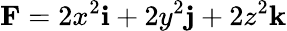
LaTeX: \mathbf{F}=2x^{2}{\textbf{i}}+2y^{2}{\textbf{j}}+2z^{2}{\textbf{k}}